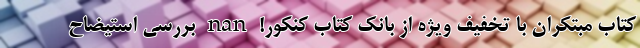
کتاب مبتکران با تخفیف ویژه از بانک کتاب کنکور! nan بررسی استیضاح